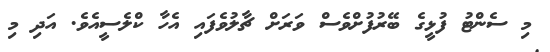
މި ސެންޓު ފުޅީގެ ބޭރުފުށްވެސް ވަރަށް ޗާލުވެފައި އެހާ ކްލެސީއެވެ. އަދި މި